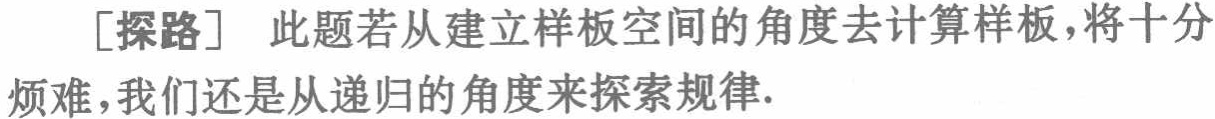
[探路] 此题若从建立样板空间的角度去计算样板，将十分
烦难，我们还是从递归的角度来探索规律.